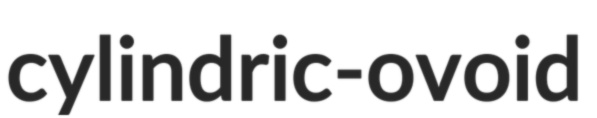
cylindric-ovoid